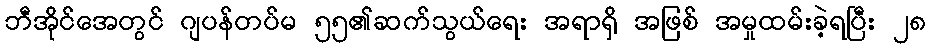
ဘီအိုင်အေတွင် ဂျပန်တပ်မ ၅၅၏ဆက်သွယ်ရေး အရာရှိ အဖြစ် အမှုထမ်းခဲ့ရပြီး ၂၈